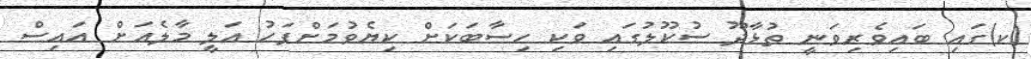
(ކ)ގައި ބައިވެރިވަނީ ތުޅާދޫ ސުކޫލުގައި ވަކި ހިސާބަކަށް ކިޔެވުމަށްފަހު އަލީ މާލެއަށް އައިސް